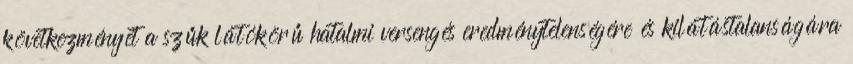
következményét a szűk látókörű hatalmi versengés eredménytelenségére és kilátástalanságára